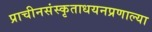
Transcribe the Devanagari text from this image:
प्राचीनसंस्कृताधयनप्रणाल्या